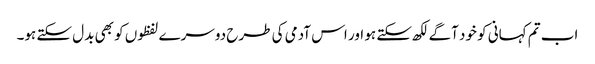
اب تم کہانی کو خود آگے لکھ سکتے ہو اور اس آدمی کی طرح دوسرے لفظوں کو بھی بدل سکتے ہو۔